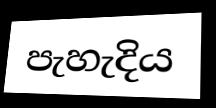
පැහැදිය